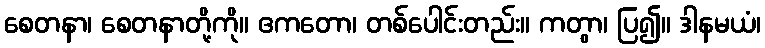
စေတနာ၊ စေတနာတို့ကို။ ဧကတော၊ တစ်ပေါင်းတည်း။ ကတွာ၊ ပြ၍။ ဒါနမယံ၊